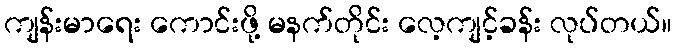
ကျန်းမာရေး ကောင်းဖို့ မနက်တိုင်း လေ့ကျင့်ခန်း လုပ်တယ်။